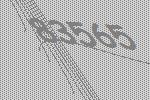
83565